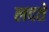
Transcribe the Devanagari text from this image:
लदते